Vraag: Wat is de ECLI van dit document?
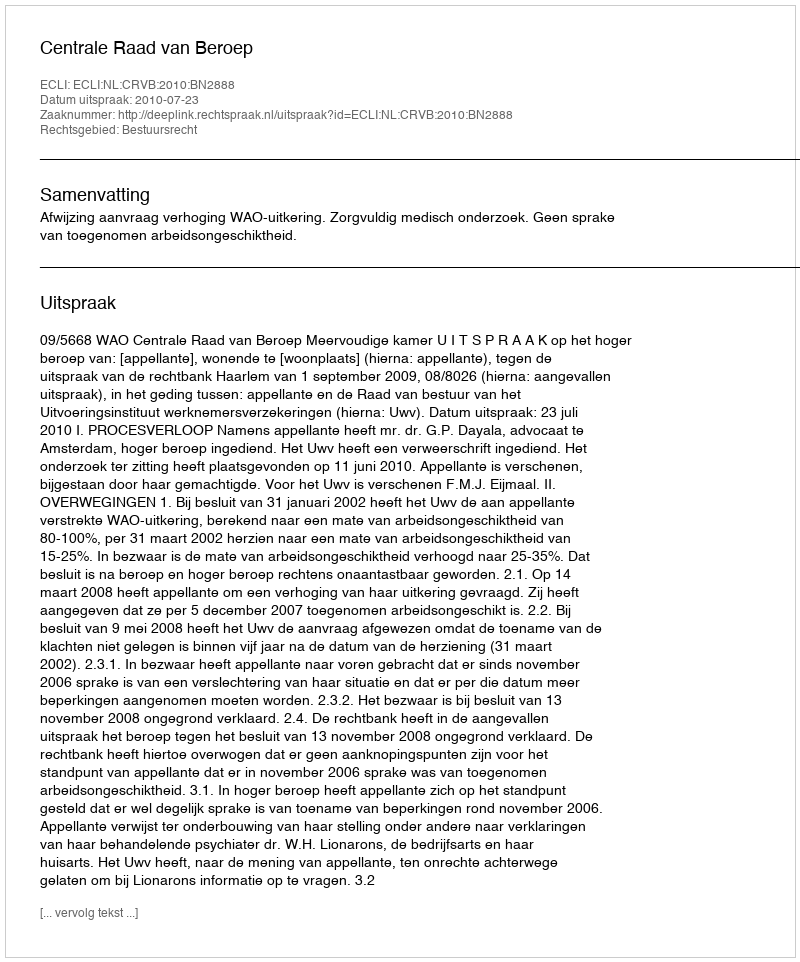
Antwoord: ECLI:NL:CRVB:2010:BN2888